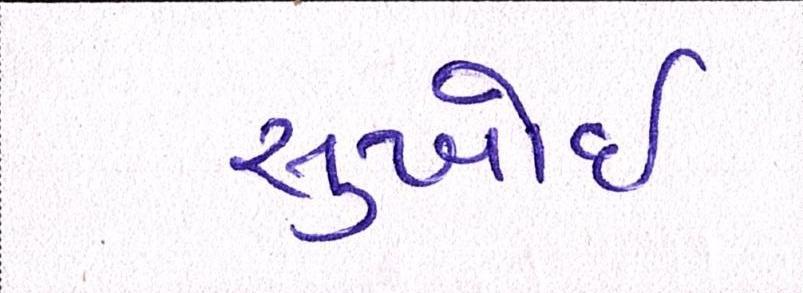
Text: સુખોઈ